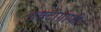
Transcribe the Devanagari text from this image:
डक्टोग्राफी